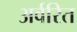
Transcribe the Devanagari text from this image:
अर्वरित